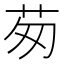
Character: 茐